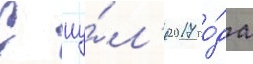
С иу́л'я 2017 го́да